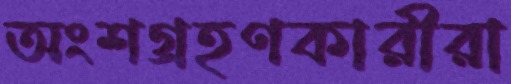
অংশগ্রহণকারীরা